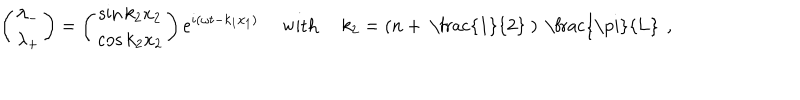
\left( \begin{matrix} { { \lambda _ { - } } } \\ { { \lambda _ { + } } } \\ \end{matrix} \right) = \left( \begin{matrix} { { \sin k _ { 2 } x _ { 2 } } } \\ { { \cos k _ { 2 } x _ { 2 } } } \\ \end{matrix} \right) e ^ { i ( \omega t - k _ { 1 } x _ { 1 } ) } \ \mathrm { w i t h } \ k _ { 2 } = \left( n + \mathrm { ~ \frac { 1 } { 2 } ~ } \right) \mathrm { ~ \frac { \ p i } { L } ~ } \, ,